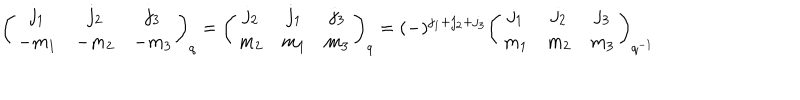
\left( \begin{array} { c c c } { { j _ { 1 } } } & { { j _ { 2 } } } & { { j _ { 3 } } } \\ { { - m _ { 1 } } } & { { - m _ { 2 } } } & { { - m _ { 3 } } } \\ \end{array} \right) _ { q } = \left( \begin{array} { c c c } { { j _ { 2 } } } & { { j _ { 1 } } } & { { j _ { 3 } } } \\ { { m _ { 2 } } } & { { m _ { 1 } } } & { { m _ { 3 } } } \\ \end{array} \right) _ { q } = ( - ) ^ { j _ { 1 } + j _ { 2 } + j _ { 3 } } \left( \begin{array} { c c c } { { j _ { 1 } } } & { { j _ { 2 } } } & { { j _ { 3 } } } \\ { { m _ { 1 } } } & { { m _ { 2 } } } & { { m _ { 3 } } } \\ \end{array} \right) _ { q ^ { - 1 } }